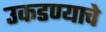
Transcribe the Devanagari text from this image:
उकडण्याचे